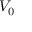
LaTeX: V _ { \mathrm { 0 } }